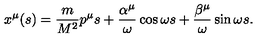
x ^ { \mu } ( s ) = \frac { m } { M ^ { 2 } } p ^ { \mu } s + \frac { \alpha ^ { \mu } } { \omega } \cos \omega s + \frac { \beta ^ { \mu } } { \omega } \sin \omega s .